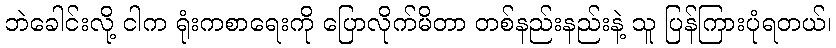
ဘဲခေါင်းလို့ ငါက ရုံးကစာရေးကို ပြောလိုက်မိတာ တစ်နည်းနည်းနဲ့ သူ ပြန်ကြားပုံရတယ်၊